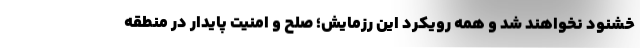
خشنود نخواهند شد و همه رویکرد این رزمایش؛ صلح و امنیت پایدار در منطقه